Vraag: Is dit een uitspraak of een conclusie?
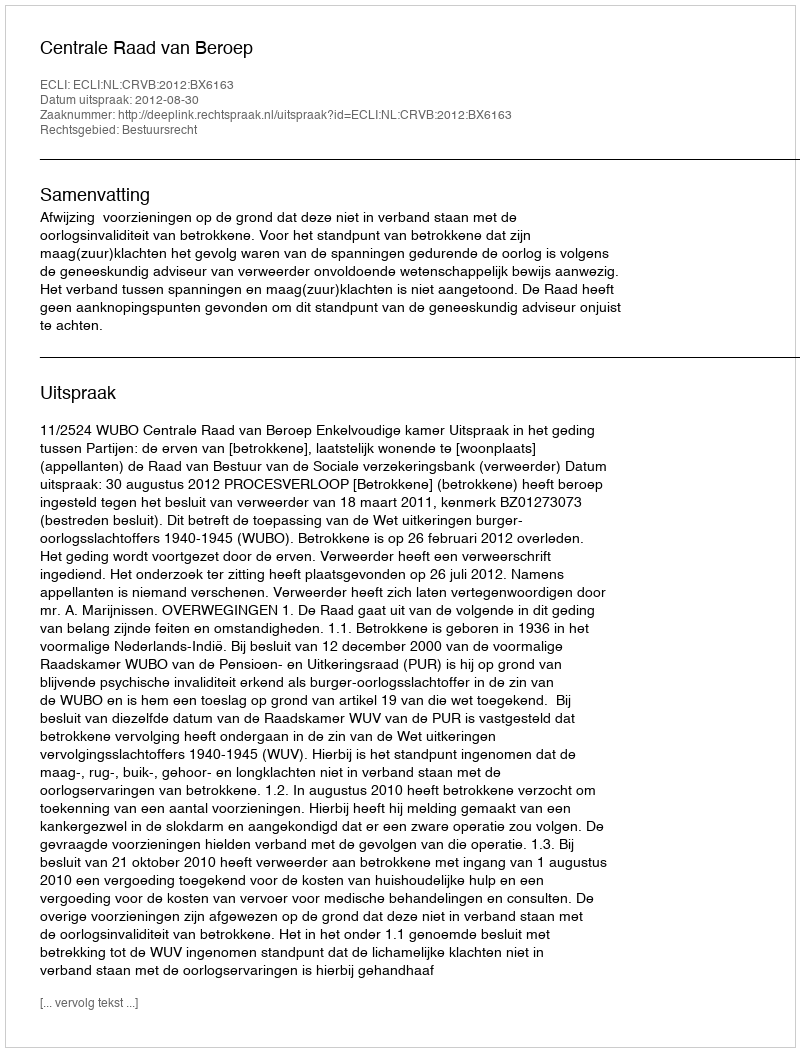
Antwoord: Uitspraak